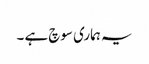
یہ ہماری سوچ ہے ۔